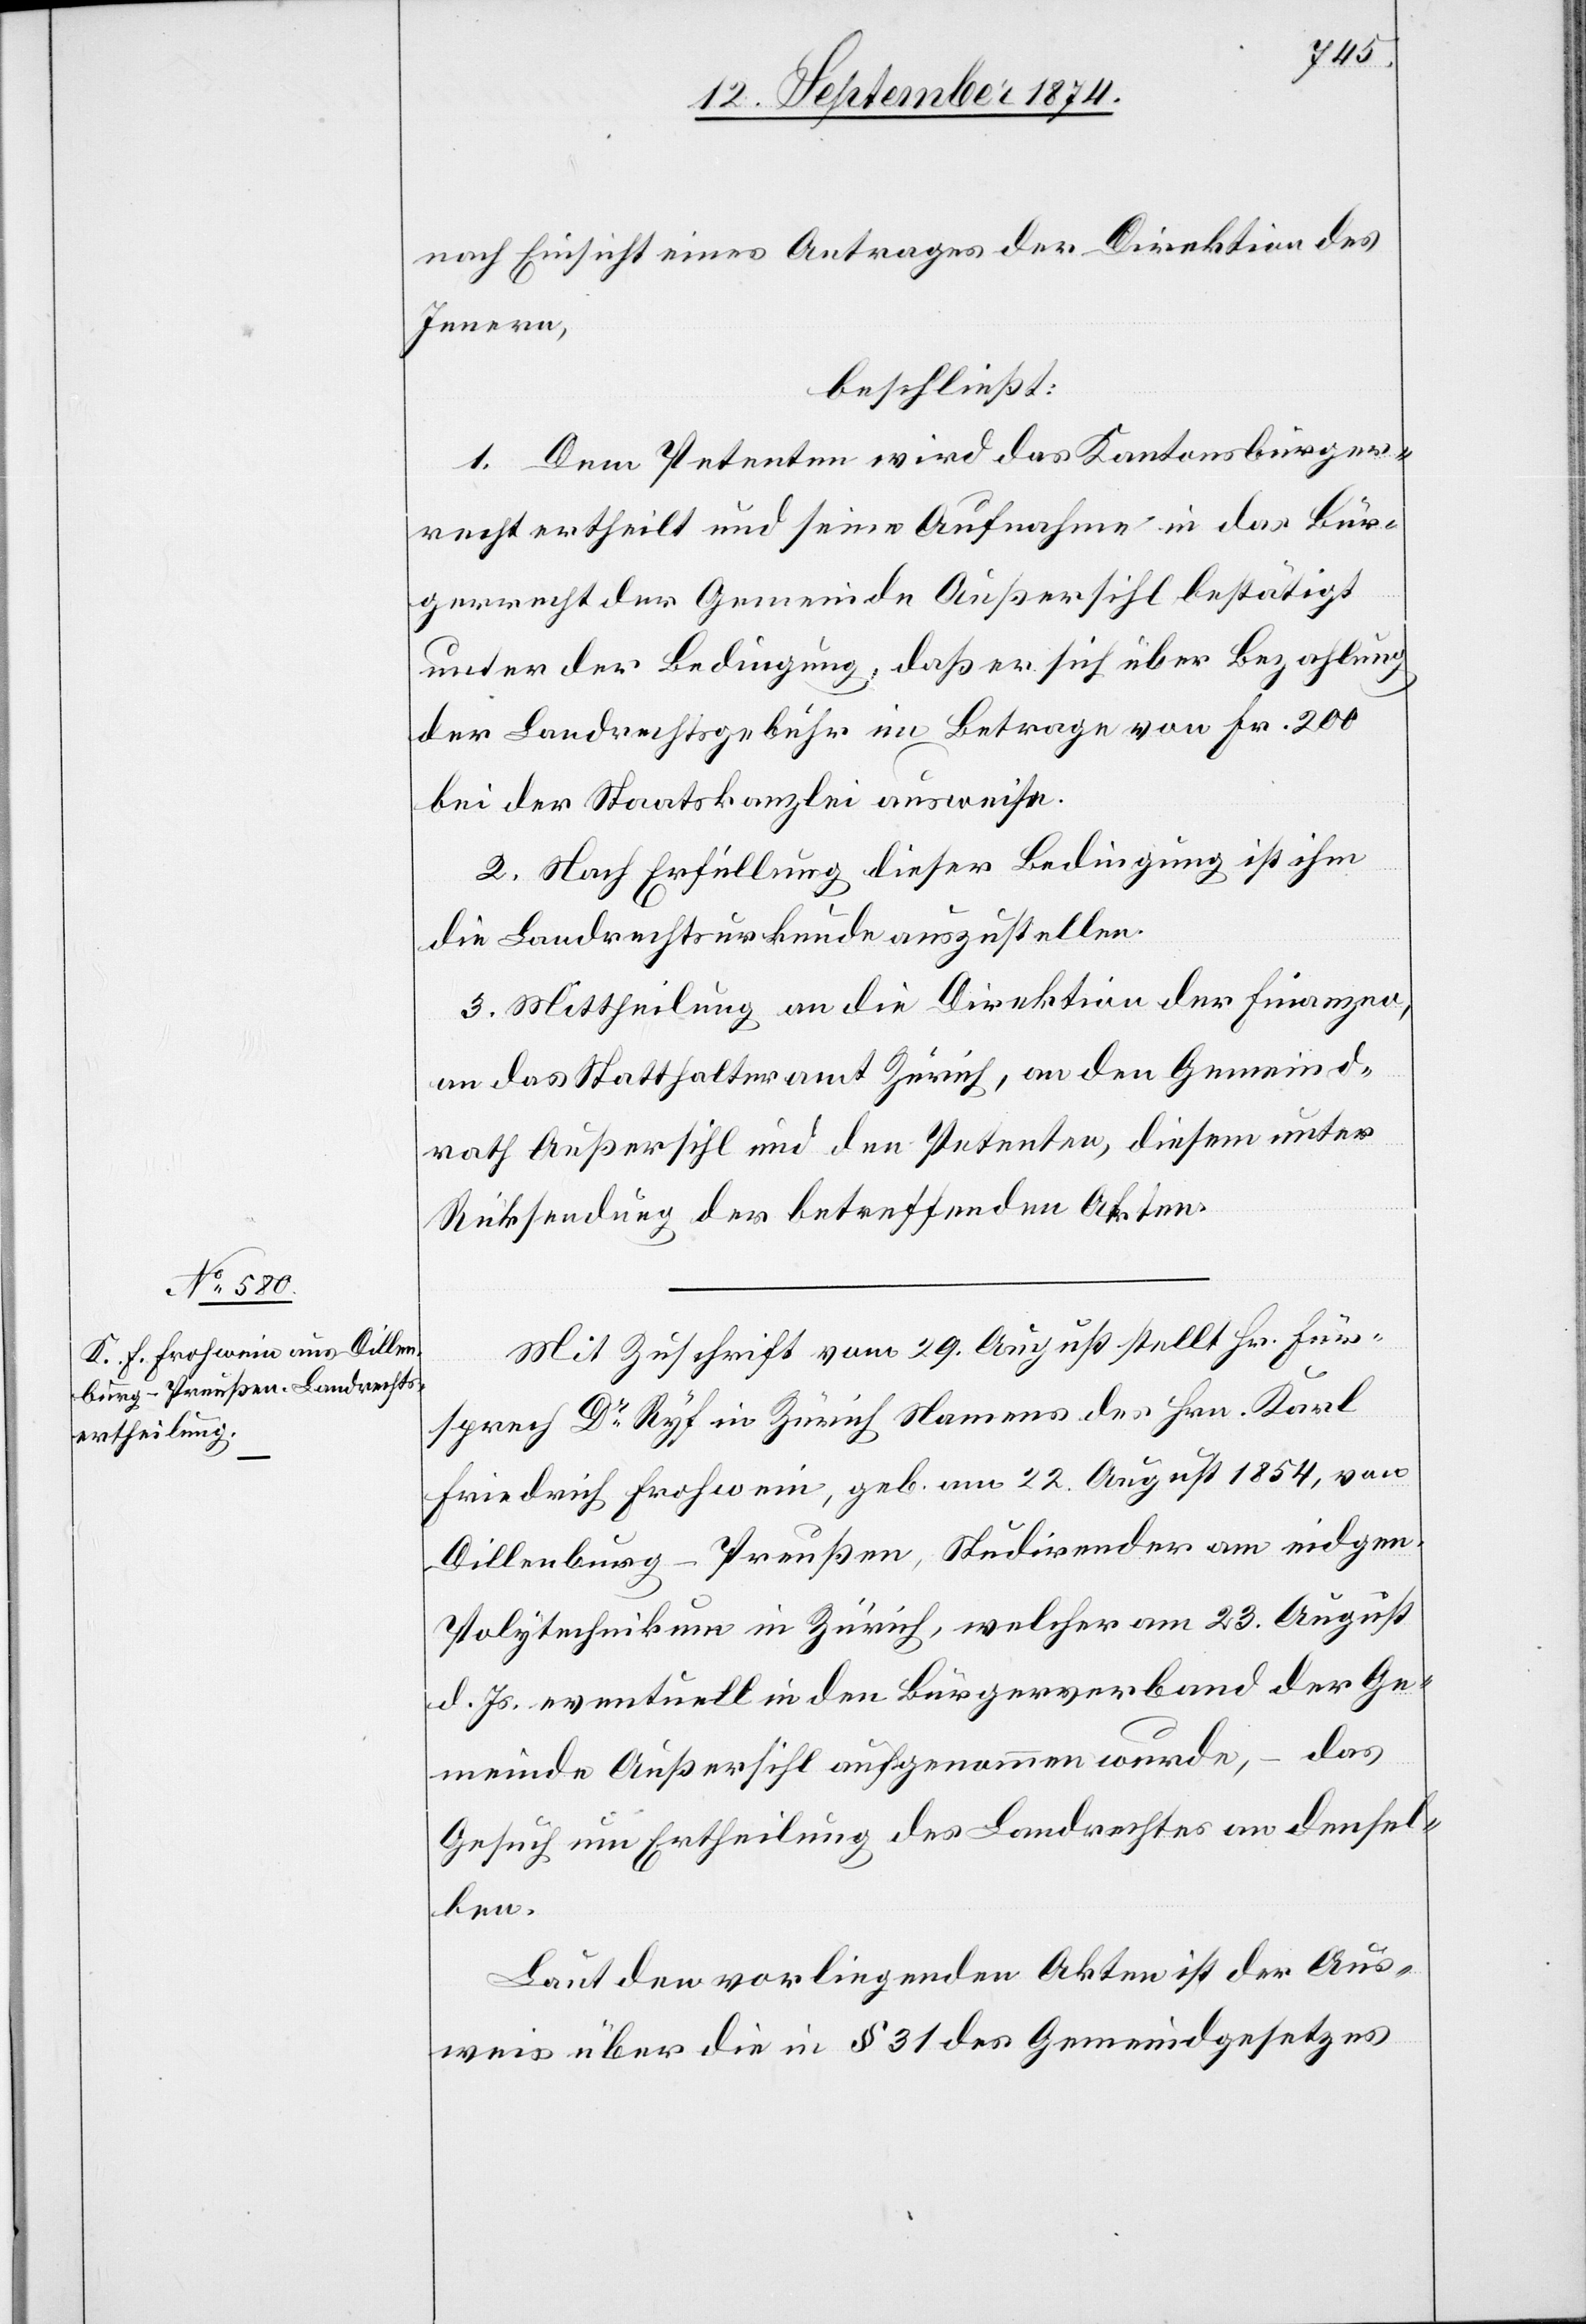
nach Einsicht eines Antrages der Direktion des
Innern,
beschließt:
1. Dem Petenten wird das Kantonsbürger¬
recht ertheilt und seine Aufnahme in das Bür¬
gerrecht der Gemeinde Außersihl bestätigt
unter der Bedingung: daß er sich über Bezahlung
der Landrechtsgebühr im Betrage von Fr. 200
bei der Staatskanzlei ausweise.
2. Nach Erfüllung dieser Bedingung ist ihm
die Landrechtsurkunde auszustellen.
3. Mittheilung an die Direktion der Finanzen,
an das Statthalteramt Zürich, an den Gemeind¬
rath Außersihl und den Petenten, diesem unter
Rücksendung der betreffenden Akten.
Mit Zuschrift vom 29. August stellt Hr. Für¬
sprech Dr Ryf in Zürich Namens des Hrn. Karl
Friedrich Frohwein, geb. am 22. August 1854, von
Dillenburg-Preußen, Studirender am eidgen.
Polytechnikum in Zürich, welcher am 23. August
d. Js. eventuell in den Bürgerverband der Ge¬
meinde Außersihl aufgenommen wurde, – das
Gesuch um Ertheilung des Landrechts an densel¬
ben.
Laut den vorliegenden Akten ist der Aus¬
weis über die in § 31 des Gemeindgesetzes